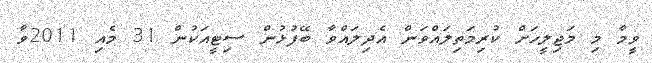
ވީމާ މި މަޖިލީހަށް ކުރިމަތިލައްވަން އެދިލައްވާ ބޭފުޅުން ސިޓީއަކުން 31 މެއި 2011ވާ